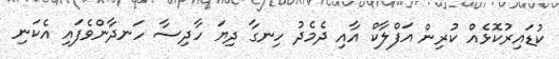
ކުޑައިރުކޮޅެއް ކުރިން އަފްލާކް އާއި ދެމެދު ހިނގާ ދިޔަ ހާދިސާ ހަނދާންވެފައި އެކަނި